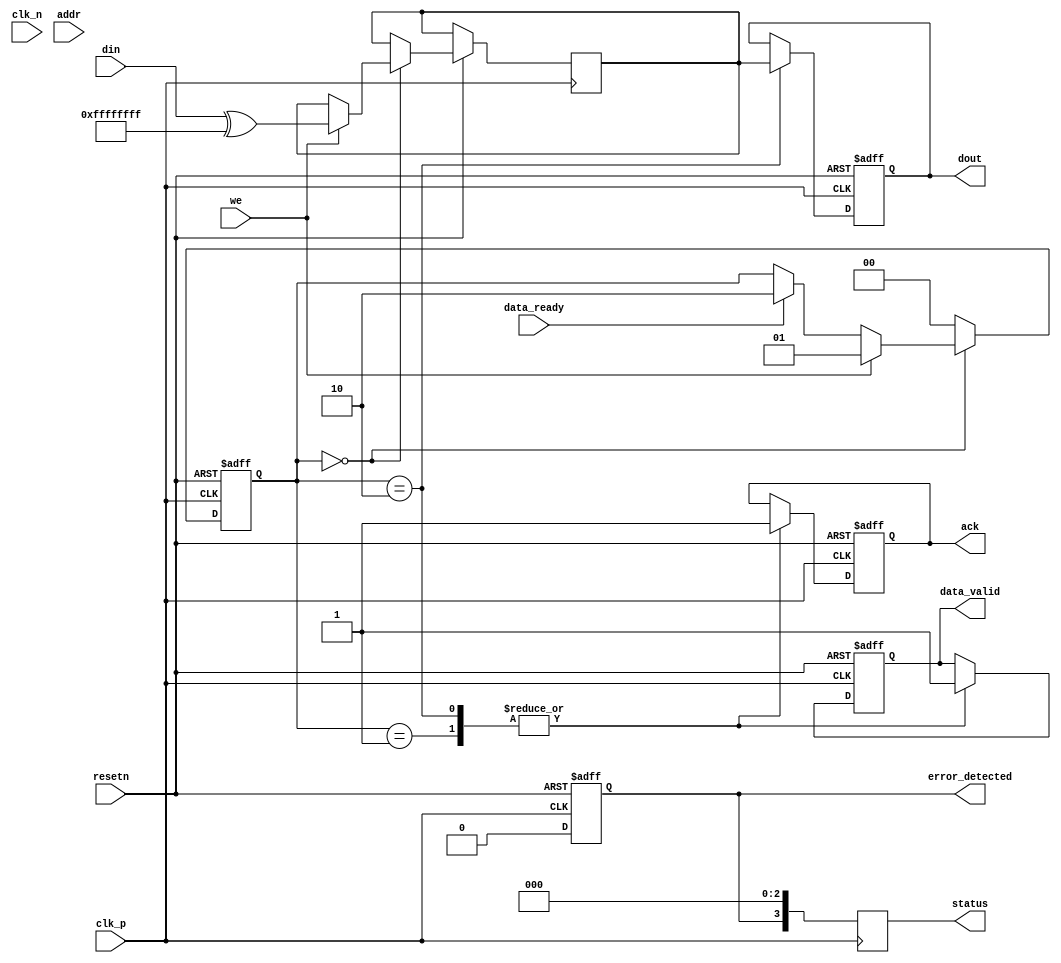
module gddr_io_block #(
    parameter DATA_WIDTH = 32,         // Configurable data width
    parameter ADDR_WIDTH = 16           // Address width for command interface
)(
    // Clock and Reset
    input wire clk_p,                   // Differential clock positive
    input wire clk_n,                   // Differential clock negative
    input wire resetn,                  // Active low reset

    // Data Interface
    input wire [DATA_WIDTH-1:0] din,    // Data input from GPU
    output reg [DATA_WIDTH-1:0] dout,    // Data output to GPU
    output reg data_valid,               // Data valid signal
    input wire data_ready,               // Data ready signal from GDDR

    // Command Interface
    input wire [ADDR_WIDTH-1:0] addr,    // Address input
    input wire we,                        // Write enable signal
    output reg ack,                      // Acknowledge signal

    // Status Signals
    output reg error_detected,           // Error detection signal
    output reg [3:0] status              // Status signals
);

// Internal Signals
reg [DATA_WIDTH-1:0] data_buffer;       // Buffer for incoming data
reg [DATA_WIDTH-1:0] scrambler_out;     // Scrambled output data
reg [DATA_WIDTH-1:0] error_correction;  // Error correction logic

// State machine definitions
localparam IDLE = 2'b00, 
           WRITE = 2'b01,
           READ = 2'b10;

reg [1:0] state;

// Error detection and correction
always @(posedge clk_p or negedge resetn) begin
    if (!resetn) begin
        error_detected <= 1'b0;
    end else begin
        // Implement error detection logic here (e.g., ECC)
        // For simplicity, we just set it to 0
        error_detected <= 1'b0;
    end
end

// Scrambling data for transmission
always @(*) begin
    // Basic scrambling logic (to be expanded)
    scrambler_out = din ^ {DATA_WIDTH{1'b1}}; // Simple XOR scrambling
end

// State machine for read/write operations
always @(posedge clk_p or negedge resetn) begin
    if (!resetn) begin
        state <= IDLE;
        dout <= 0;
        data_valid <= 1'b0;
        ack <= 1'b0;
    end else begin
        case (state)
            IDLE: begin
                if (we) begin
                    // Write operation
                    data_buffer <= scrambler_out;
                    state <= WRITE;
                end else if (data_ready) begin
                    // Read operation
                    state <= READ;
                end
            end
            
            WRITE: begin
                // Simulate writing data to GDDR memory
                // Here you would add actual memory write logic
                ack <= 1'b1; // Acknowledge write
                data_valid <= 1'b1; // Data is valid
                state <= IDLE;
            end
            
            READ: begin
                // Simulate reading data from GDDR memory
                // Here you would add actual memory read logic
                dout <= data_buffer; // Pass data to GPU
                data_valid <= 1'b1; // Data is valid
                ack <= 1'b1; // Acknowledge read
                state <= IDLE;
            end
            
            default: state <= IDLE;
        endcase
    end
end

// Status monitoring
always @(posedge clk_p) begin
    // Status update logic (for diagnosis)
    status <= {error_detected, 3'b000}; // Example status, expand as needed
end

endmodule